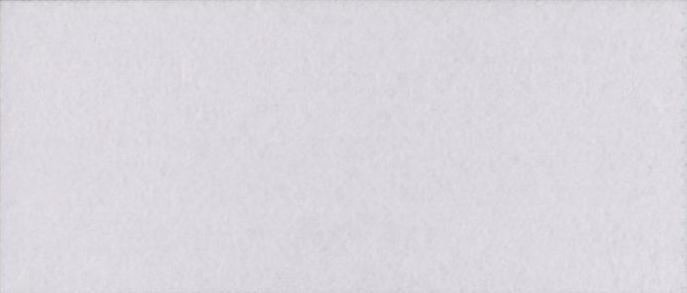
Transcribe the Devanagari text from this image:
विदर्भ